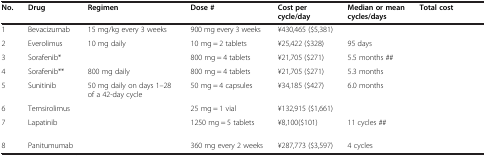
<table><thead><tr><td><b>No.</b></td><td><b>Drug</b></td><td><b>Regimen</b></td><td><b>Dose #</b></td><td><b>Cost per cycle/day</b></td><td><b>Median or mean cycles/days</b></td><td><b>Total cost</b></td></tr></thead><tbody><tr><td>1</td><td>Bevacizumab</td><td>15 mg/kg every 3 weeks</td><td>900 mg every 3 weeks</td><td>¥430,465 ($5,381)</td><td>[EMPTY_CELL]</td><td>[EMPTY_CELL]</td></tr><tr><td>2</td><td>Everolimus</td><td>10 mg daily</td><td>10 mg = 2 tablets</td><td>¥25,422 ($328)</td><td>95 days</td><td>[EMPTY_CELL]</td></tr><tr><td>3</td><td>Sorafenib*</td><td>[EMPTY_CELL]</td><td>800 mg = 4 tablets</td><td>¥21,705 ($271)</td><td>5.5 months ##</td><td>[EMPTY_CELL]</td></tr><tr><td>4</td><td>Sorafenib**</td><td>800 mg daily</td><td>800 mg = 4 tablets</td><td>¥21,705 ($271)</td><td>5.3 months</td><td>[EMPTY_CELL]</td></tr><tr><td>5</td><td>Sunitinib</td><td>50 mg daily on days 1–28 of a 42-day cycle</td><td>50 mg = 4 capsules</td><td>¥34,185 ($427)</td><td>6.0 months</td><td>[EMPTY_CELL]</td></tr><tr><td>6</td><td>Temsirolimus</td><td>[EMPTY_CELL]</td><td>25 mg = 1 vial</td><td>¥132,915 ($1,661)</td><td>[EMPTY_CELL]</td><td>[EMPTY_CELL]</td></tr><tr><td>7</td><td>Lapatinib</td><td>[EMPTY_CELL]</td><td>1250 mg = 5 tablets</td><td>¥8,100($101)</td><td>11 cycles ##</td><td>[EMPTY_CELL]</td></tr><tr><td>8</td><td>Panitumumab</td><td>[EMPTY_CELL]</td><td>360 mg every 2 weeks</td><td>¥287,773 ($3,597)</td><td>4 cycles</td><td>[EMPTY_CELL]</td></tr></tbody></table>